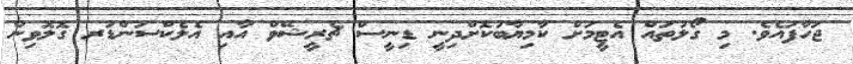
ޖަހާފައެވެ. މި ގޯލުތައް އެޓީމަށް ކާމިޔާބުކޮށްދިނީ ޑިނީސް ޗެރީޝޭވް އާއި އެލެކްސަންޑަރ ގޮލޮވިން